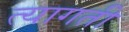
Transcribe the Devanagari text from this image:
त्यागती